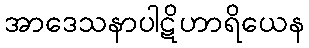
အာဒေသနာပါဋိဟာရိယေန